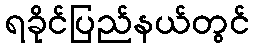
ရခိုင်ပြည်နယ်တွင်